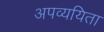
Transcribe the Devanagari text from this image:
अपव्ययिता